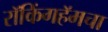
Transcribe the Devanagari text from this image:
रॉकिंगहॅमचा